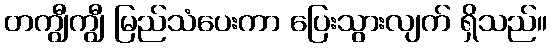
တကျွီကျွီ မြည်သံပေးကာ ပြေးသွားလျက် ရှိသည်။